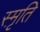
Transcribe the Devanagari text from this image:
स्मृ़ति